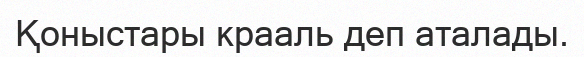
Қоныстары крааль деп аталады.